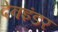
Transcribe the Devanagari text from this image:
देवइंडर